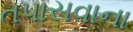
તપાસવાના